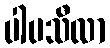
ပါပသီလာ